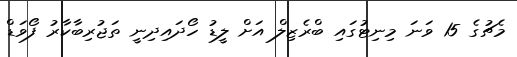
މެޗުގެ 15 ވަނަ މިނިޓުގައި ބްރެޒިލް އަށް ލީޑު ހޯދައިދިނީ ތަޖުރިބާކާރު ފޯވަޑް